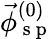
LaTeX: \vec{\phi}_{\mathrm{~s~p~}}^{(0)}